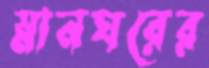
স্নানঘরের